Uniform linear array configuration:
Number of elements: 24
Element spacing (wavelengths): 0.25
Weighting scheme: cosine
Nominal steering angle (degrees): -45
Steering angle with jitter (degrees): -46.931
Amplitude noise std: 0.05
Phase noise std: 0.05

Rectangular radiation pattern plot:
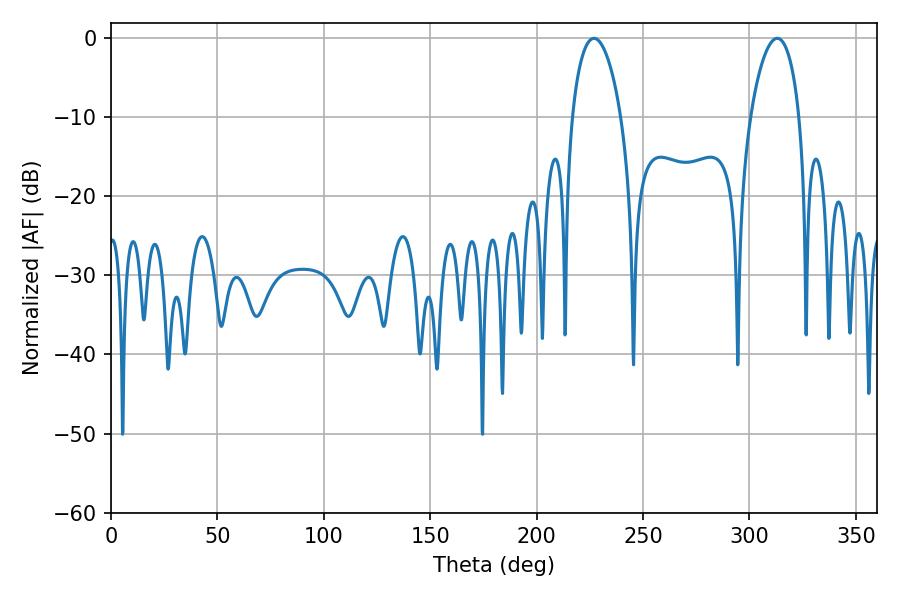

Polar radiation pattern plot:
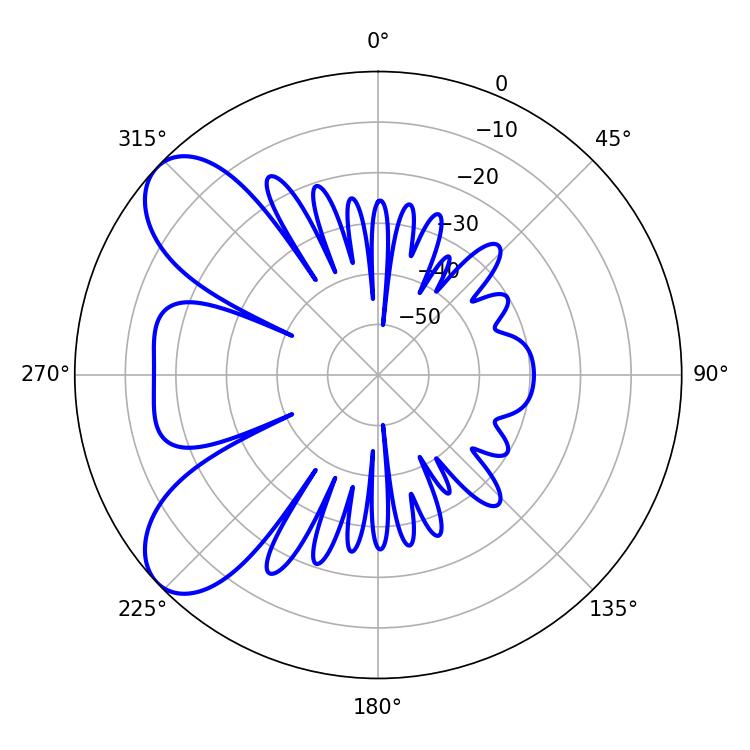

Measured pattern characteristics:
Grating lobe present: FALSE
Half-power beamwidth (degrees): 12.96
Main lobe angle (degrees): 226.98